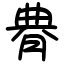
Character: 䐌